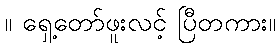
။ ရှေ့တော်ဖူးလင့် ပြီတကား။